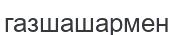
газшашармен